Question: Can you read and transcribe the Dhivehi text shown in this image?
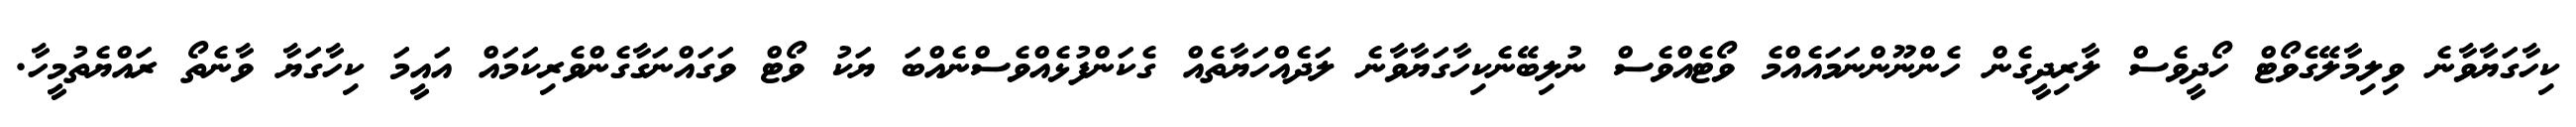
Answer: ކިހާގަޔާވާނެ ވިލިމާލޭގެވޯޓް ހޯދީވެސް ލާރިދީގެން ހެންނޫންނަމައެއްމެ ވޯޓެއްވެސް ނުލިބޭނެކިހާގަޔާވާނެ ލަދެއްހަޔާތެއް ގެކަންފުޅެއްވެސްނެއްބަ ޔަކު ވޯޓް ވަގައްނަގާގެންވެރިކަމައް އައީމަ ކިހާގަޔާ ވާނެތޯ ރައްޔެތުމީހާ.